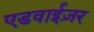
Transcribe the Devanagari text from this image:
एडवाईज़र